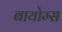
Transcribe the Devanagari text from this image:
बायोम्स